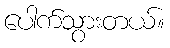
ပေါက်သွားတယ်။